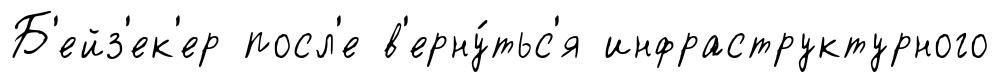
Б'ейз'ек'ер посл'е в'ерну́тьс'я инфраструктурного